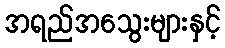
အရည်အသွေးများနှင့်